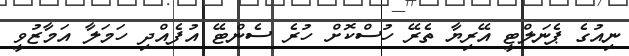
ނިއުގެ ޕެނަލްޓީ އޭރިޔާ ތެރޭ ހުސްކޮށް ހުރެ ސެންޓޭ އުފެއްދި ހަމަލާ އަމާޒުވީ